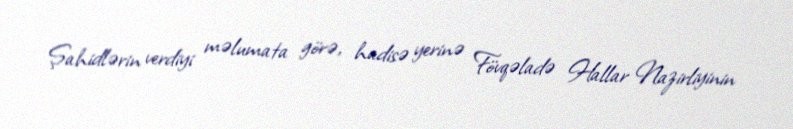
Şahidlərin verdiyi məlumata görə, hadisə yerinə Fövqəladə Hallar Nazirliyinin